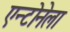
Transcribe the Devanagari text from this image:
एन्टोनेला